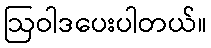
ဩဝါဒပေးပါတယ်။